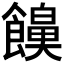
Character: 𮩔